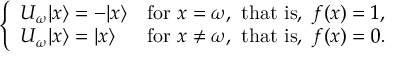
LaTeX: \left\{ \begin{array} { l l } { U _ { \omega } | x \rangle = - | x \rangle } & { { \mathrm { f o r ~ } } x = \omega { \mathrm { , ~ t h a t ~ i s , ~ } } f ( x ) = 1 , } \\ { U _ { \omega } | x \rangle = | x \rangle } & { { \mathrm { f o r ~ } } x \neq \omega { \mathrm { , ~ t h a t ~ i s , ~ } } f ( x ) = 0 . } \end{array} \right.